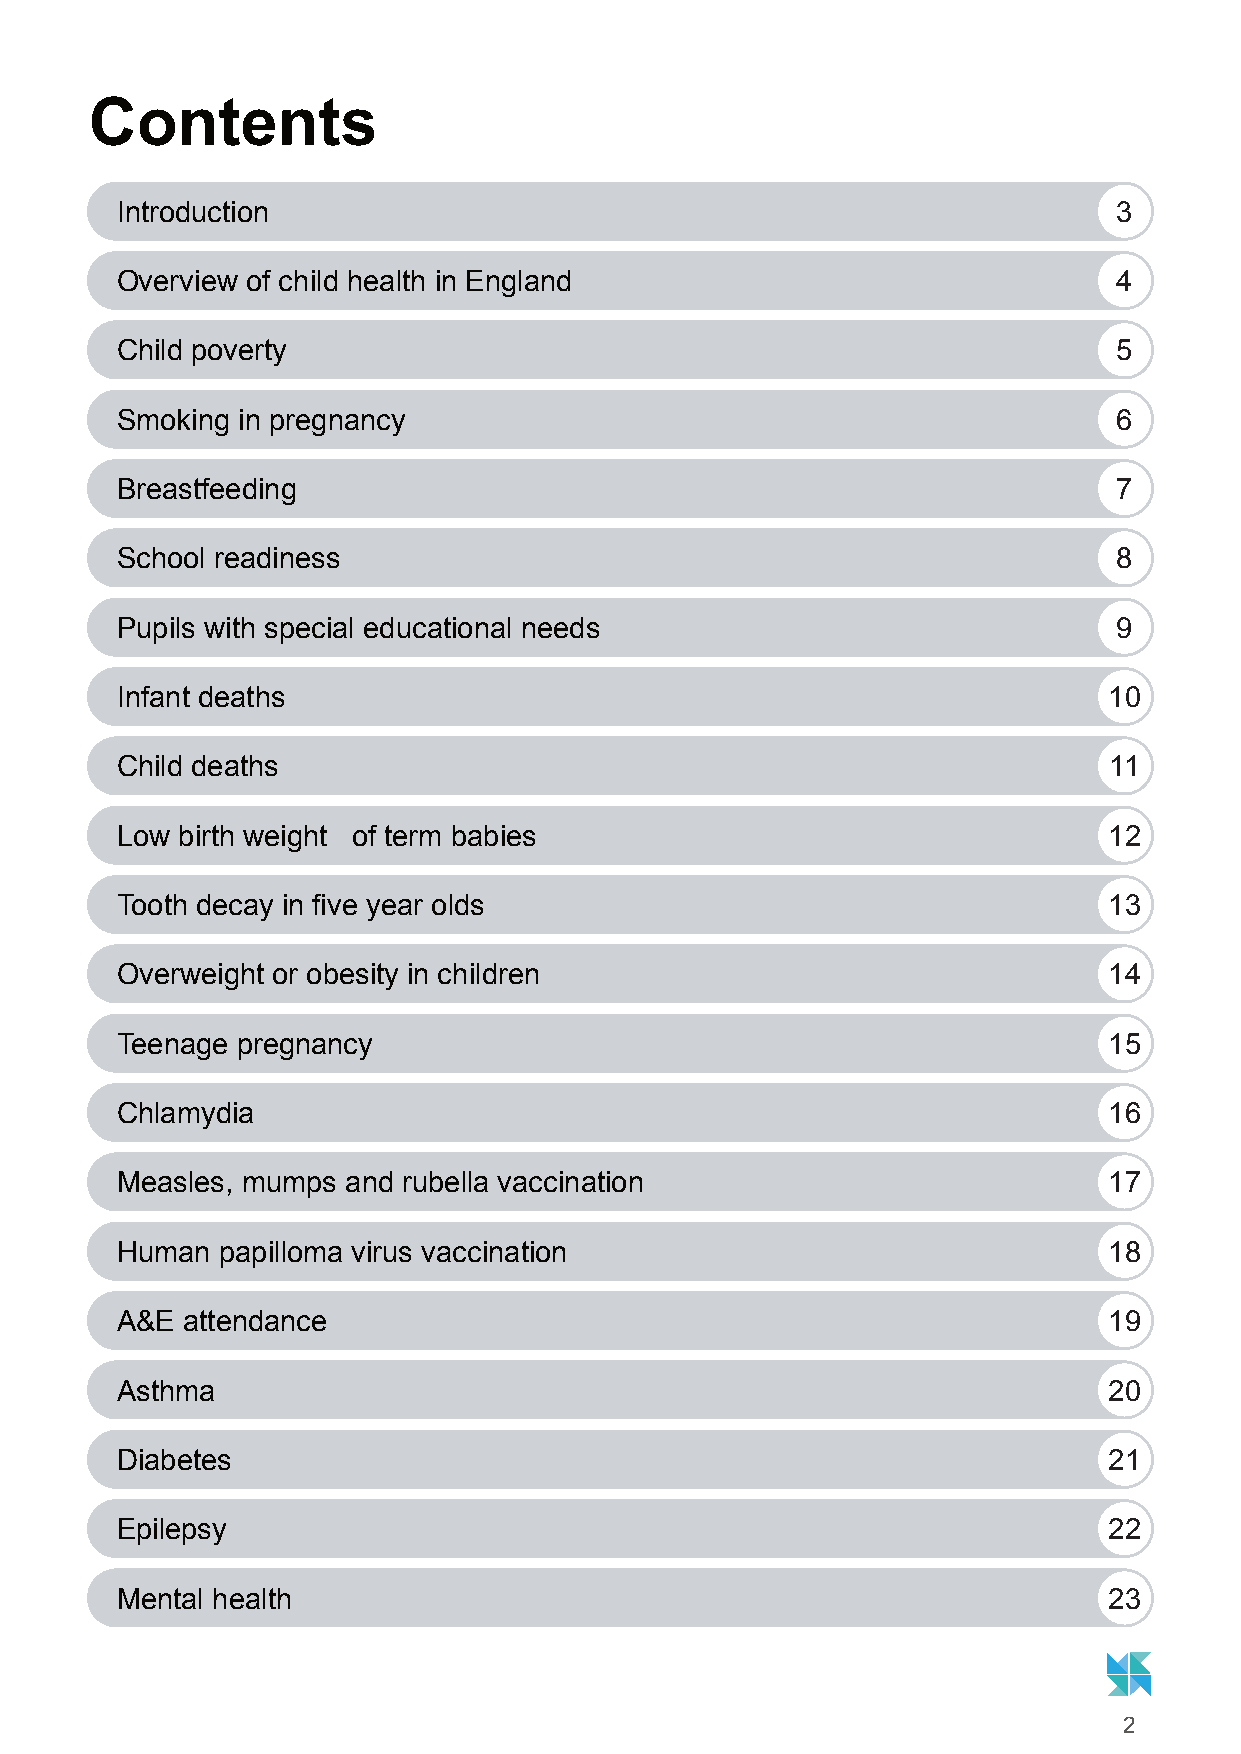
Contents
 Introduction                                                      3
 Overview of child health in England                               4
 Child poverty                                                     5
 Smoking in pregnancy                                              6
 Breastfeeding                                                     7
 School readiness                                                  8
 Pupils with special educational needs                             9
 Infant deaths                                                    10
 Child deaths                                                     11
 Low birth weight of term babies                                  12
 Tooth decay in five year olds                                    13
 Overweight or obesity in children                                14
 Teenage pregnancy                                                15
 Chlamydia                                                        16
 Measles, mumps and rubella vaccination                           17
 Human papilloma virus vaccination                                18
 A&E attendance                                                   19
 Asthma                                                           20
 Diabetes                                                         21
 Epilepsy                                                         22
 Mental health                                                    23
 2